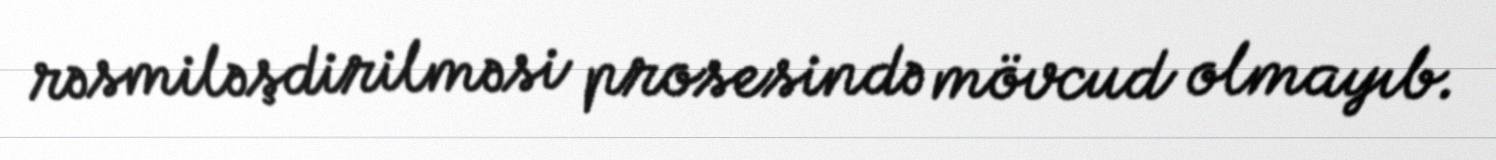
rəsmiləşdirilməsi prosesində mövcud olmayıb.